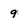
Character: 9